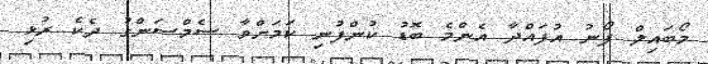
މޯބައިލް ފޯނު އުފައްދާ އެންމެ ބޮޑު ކުންފުނި ކަމަށްވާ ސެމްސަންގު ދެކެ ރުޅި